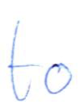
Text: to
Cross-out: clean
Writing tool: ballpoint